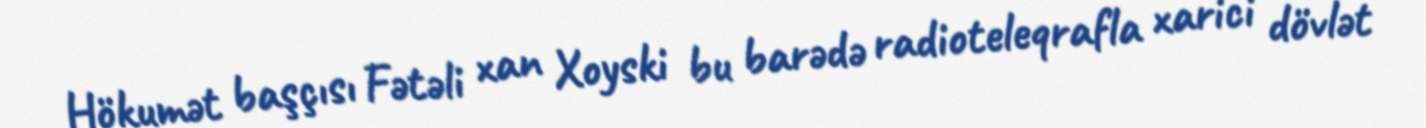
Hökumət başçısı Fətəli xan Xoyski bu barədə radioteleqrafla xarici dövlət